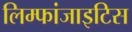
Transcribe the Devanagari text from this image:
लिम्फांजाइटिस